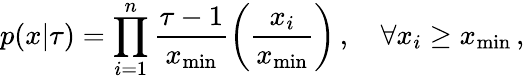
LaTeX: p(x|\tau)=\prod_{i=1}^{n}\frac{\tau-1}{x_{\mathrm{min}}}\left(\frac{x_{i}}{x_{\mathrm{min}}}\right)\, ,\quad\forall x_{i}\ge x_{\mathrm{min}}\, ,